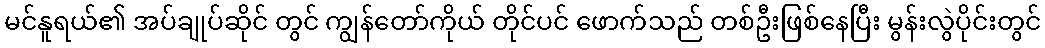
မင်နူရယ်၏ အပ်ချုပ်ဆိုင် တွင် ကျွန်တော်ကိုယ် တိုင်ပင် ဖောက်သည် တစ်ဦးဖြစ်နေပြီး မွန်းလွဲပိုင်းတွင်